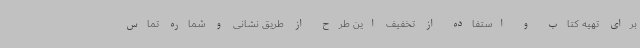
برای تهیه کتاب و استفاده از تخفیف این طرح از طریق نشانی و شماره تماس